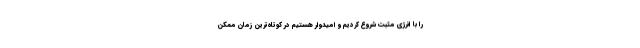
را با انرژی مثبت شروع کردیم و امیدوار هستیم در کوتاه‌ترین زمان ممکن